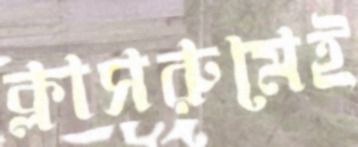
ক্লাসরুমেই